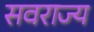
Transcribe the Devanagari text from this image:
सवराज्य